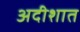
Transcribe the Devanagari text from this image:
अदीशात